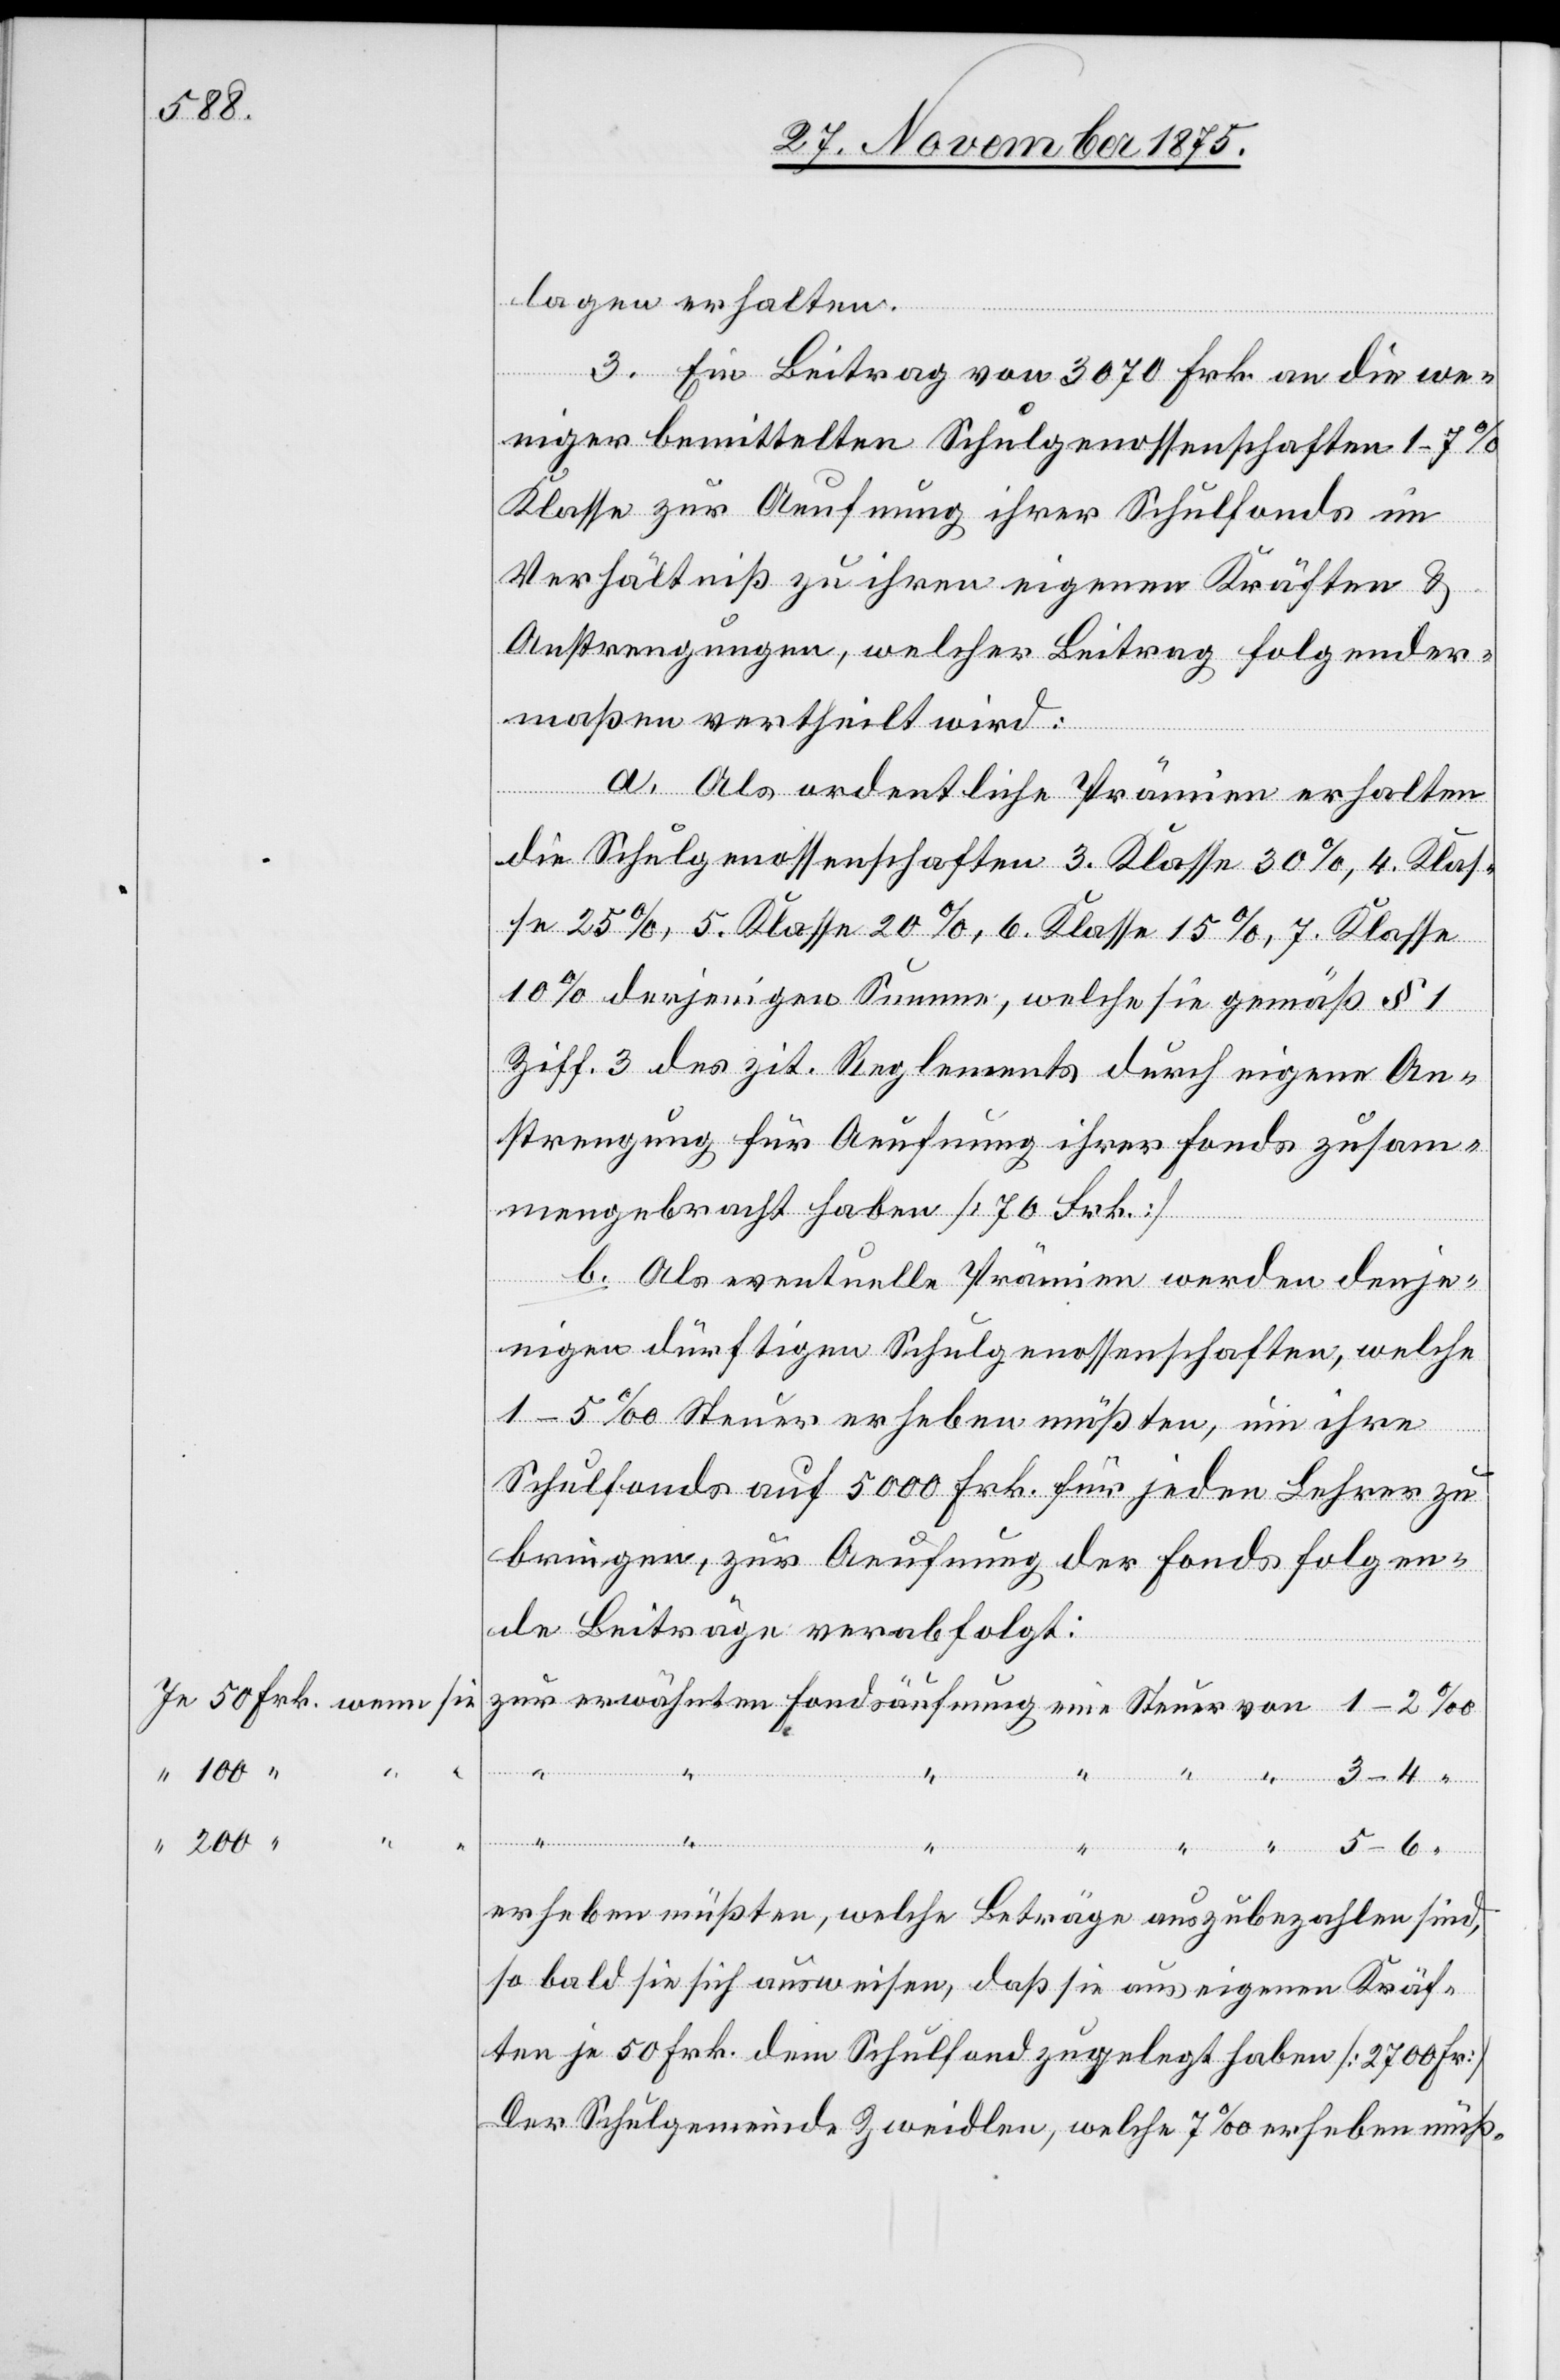
lagen erhalten.
3. Ein Beitrag von 3070 Frk. an die we¬
niger bemittelten Schulgenossenschaften 1–7%
Klasse zur Aeufnung ihrer Schulfonds im
Verhältniß zu ihren eigenen Kräften &
Anstrengungen, welcher Beitrag folgender¬
maßen vertheilt wird:
a. Als ordentliche Prämien erhalten
die Schulgenossenschaften 3. Klasse 30%, 4. Klas¬
se 25%, 5. Klasse 20%, 6. Klasse 15%, 7. Klasse
10% derjenigen Summe, welche sie gemäß § 1
Ziff. 3 des zit. Reglements durch eigene An¬
strengung für Aeufnung ihrer Fonds zusam¬
mengebracht haben [70 Frk.]
von
b. Als eventuelle Prämien werden denje¬
nigen dürftigen Schulgenossenschaften, welche
1–5‰ Steuer erheben müßten, um ihre
Steuer
Schulfonds auf 5000 Frk. für jeden Lehrer zu
bringen, zur Aeufnung der Fonds folgen¬
200
de Beiträge verabfolgt:
Fon¬
dsäufnung
50
5–6
erheben müßten, welche Beträge auszubezahlen sind,
so bald sie sich ausweisen, daß sie aus eigenen Kräf¬
ten je 50 Frk. dem Schulfond zugelegt haben [2700 Fr.]
Der Schulgemeinde Zweidlen, welche 7‰ erheben müß-